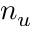
n _ { u }